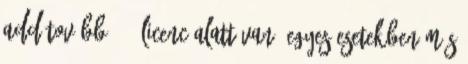
add tovább 3.0 licenc alatt van; egyes esetekben más